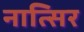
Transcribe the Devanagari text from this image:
नात्सिर